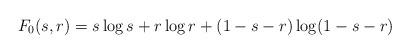
LaTeX: \begin{align*}F_0(s,r) = s\log s + r \log r + (1-s-r) \log (1-s-r)\end{align*}